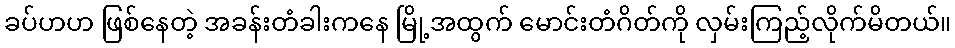
ခပ်ဟဟ ဖြစ်နေတဲ့ အခန်းတံခါးကနေ မြို့အထွက် မောင်းတံဂိတ်ကို လှမ်းကြည့်လိုက်မိတယ်။